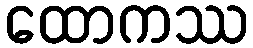
ထောကဿ